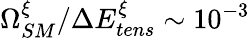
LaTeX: \Omega_{SM}^{\xi}/\Delta E_{tens}^{\xi}\sim 10^{-3}